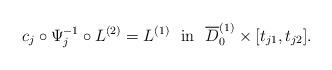
LaTeX: \begin{align*} c_j\circ \Psi_j^{-1}\circ L^{(2)}=L^{(1)}\ \ \mbox{in}\ \ \overline D_0^{(1)}\times[t_{j1},t_{j2}]. \end{align*}